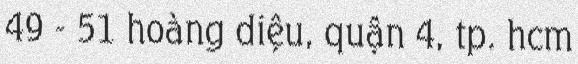
49 - 51 hoàng diệu, quận 4, tp. hcm